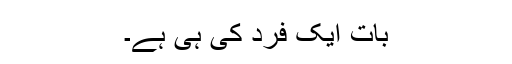
بات ایک فرد کی ہی ہے۔